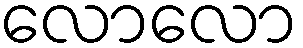
လောလော